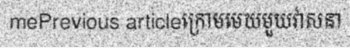
mePrevious articleក្រោមមេឃមួយវាសនា